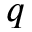
q